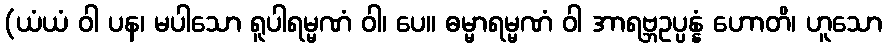
(ယံယံ ဝါ ပန၊ မပါသော ရူပါရမ္မဏံ ဝါ၊ ပေ။ ဓမ္မာရမ္မဏံ ဝါ အာရဗ္ဘဥပ္ပန္နံ ဟောတိ၊ ဟူသော